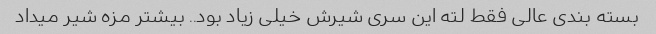
بسته بندی عالی فقط لته این سری شیرش خیلی زیاد بود.. بیشتر مزه شیر میداد